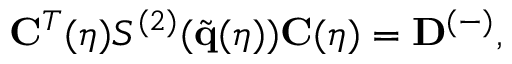
\mathbf { C } ^ { T } ( \eta ) S ^ { ( 2 ) } ( \tilde { \mathbf { q } } ( \eta ) ) \mathbf { C } ( \eta ) = \mathbf { D } ^ { ( - ) } ,